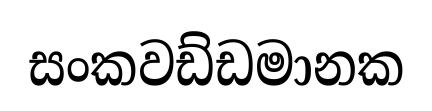
සංකවඩ්ඩමානක